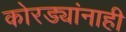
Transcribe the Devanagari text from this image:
कोरड्यांनाही